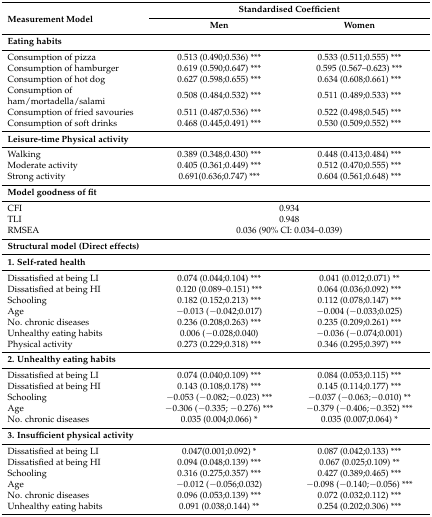
<table><thead><tr><td rowspan="2"><b>Measurement Model</b></td><td colspan="2"><b>Standardised Coefficient</b></td></tr><tr><td><b>Men</b></td><td><b>Women</b></td></tr></thead><tbody><tr><td><b>Eating habits</b></td><td></td><td></td></tr><tr><td>Consumption of pizza</td><td>0.513 (0.490;0.536) ***</td><td>0.533 (0.511;0.555) ***</td></tr><tr><td>Consumption of hamburger</td><td>0.619 (0.590;0.647) ***</td><td>0.595 (0.567–0.623) ***</td></tr><tr><td>Consumption of hot dog</td><td>0.627 (0.598;0.655) ***</td><td>0.634 (0.608;0.661) ***</td></tr><tr><td>Consumption of ham/mortadella/salami</td><td>0.508 (0.484;0.532) ***</td><td>0.511 (0.489;0.533) ***</td></tr><tr><td>Consumption of fried savouries</td><td>0.511 (0.487;0.536) ***</td><td>0.522 (0.498;0.545) ***</td></tr><tr><td>Consumption of soft drinks</td><td>0.468 (0.445;0.491) ***</td><td>0.530 (0.509;0.552) ***</td></tr><tr><td><b>Leisure-time Physical activity</b></td><td></td><td></td></tr><tr><td>Walking</td><td>0.389 (0.348;0.430) ***</td><td>0.448 (0.413;0.484) ***</td></tr><tr><td>Moderate activity</td><td>0.405 (0.361;0.449) ***</td><td>0.512 (0.470;0.555) ***</td></tr><tr><td>Strong activity</td><td>0.691(0.636;0.747) ***</td><td>0.604 (0.561;0.648) ***</td></tr><tr><td><b>Model goodness of fit</b></td><td></td><td></td></tr><tr><td>CFI</td><td colspan="2">0.934</td></tr><tr><td>TLI</td><td colspan="2">0.948</td></tr><tr><td>RMSEA</td><td colspan="2">0.036 (90% CI: 0.034–0.039)</td></tr><tr><td><b>Structural model (Direct effects)</b></td><td></td><td></td></tr><tr><td><b>1. Self-rated health</b></td><td></td><td></td></tr><tr><td>Dissatisfied at being LI</td><td>0.074 (0.044;0.104) ***</td><td>0.041 (0.012;0.071) **</td></tr><tr><td>Dissatisfied at being HI</td><td>0.120 (0.089–0.151) ***</td><td>0.064 (0.036;0.092) ***</td></tr><tr><td>Schooling</td><td>0.182 (0.152;0.213) ***</td><td>0.112 (0.078;0.147) ***</td></tr><tr><td>Age</td><td>−0.013 (−0.042;0.017)</td><td>−0.004 (−0.033;0.025)</td></tr><tr><td>No. chronic diseases</td><td>0.236 (0.208;0.263) ***</td><td>0.235 (0.209;0.261) ***</td></tr><tr><td>Unhealthy eating habits </td><td>0.006 (−0.028;0.040)</td><td>−0.036 (−0.074;0.001)</td></tr><tr><td>Physical activity</td><td>0.273 (0.229;0.318) ***</td><td>0.346 (0.295;0.397) ***</td></tr><tr><td><b>2. Unhealthy eating habits</b></td><td></td><td></td></tr><tr><td>Dissatisfied at being LI</td><td>0.074 (0.040;0.109) ***</td><td>0.084 (0.053;0.115) ***</td></tr><tr><td>Dissatisfied at being HI</td><td>0.143 (0.108;0.178) ***</td><td>0.145 (0.114;0.177) ***</td></tr><tr><td>Schooling</td><td>−0.053 (−0.082;−0.023) ***</td><td>−0.037 (−0.063;−0.010) **</td></tr><tr><td>Age</td><td>−0.306 (−0.335; −0.276) ***</td><td>−0.379 (−0.406;−0.352) ***</td></tr><tr><td>No. chronic diseases</td><td>0.035 (0.004;0.066) *</td><td>0.035 (0.007;0.064) *</td></tr><tr><td><b>3. Insufficient physical activity</b></td><td></td><td></td></tr><tr><td>Dissatisfied at being LI</td><td>0.047(0.001;0.092) *</td><td>0.087 (0.042;0.133) ***</td></tr><tr><td>Dissatisfied at being HI</td><td>0.094 (0.048;0.139) ***</td><td>0.067 (0.025;0.109) **</td></tr><tr><td>Schooling</td><td>0.316 (0.275;0.357) ***</td><td>0.427 (0.389;0.465) ***</td></tr><tr><td>Age</td><td>−0.012 (−0.056;0.032)</td><td>−0.098 (−0.140;−0.056) ***</td></tr><tr><td>No. chronic diseases</td><td>0.096 (0.053;0.139) ***</td><td>0.072 (0.032;0.112) ***</td></tr><tr><td>Unhealthy eating habits</td><td>0.091 (0.038;0.144) **</td><td>0.254 (0.202;0.306) ***</td></tr></tbody></table>